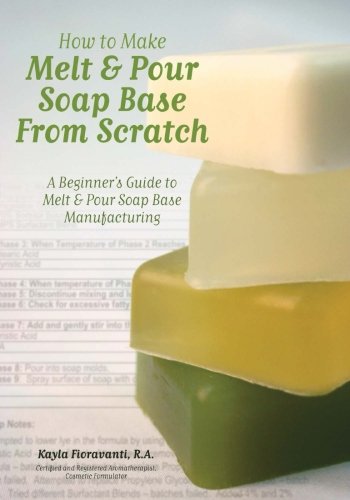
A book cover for How to Make Melt & Pour Soap Base from Scratch: A Beginner's Guide to Melt & Pour Soap Base Manufacturing; Mrs. Kayla Fioravanti R.A.; Crafts, Hobbies & Home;